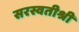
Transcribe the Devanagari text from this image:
सरस्वतीश्री